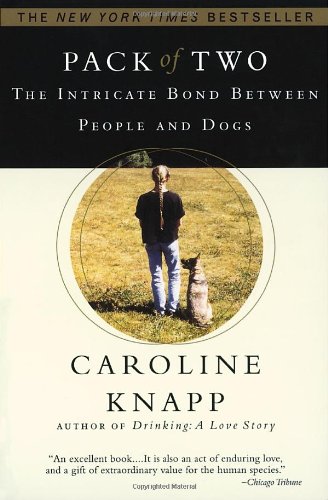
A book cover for Pack of Two: The Intricate Bond Between People and Dogs; Caroline Knapp; Crafts, Hobbies & Home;